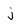
Character: j